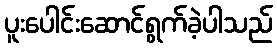
ပူးပေါင်းဆောင်ရွက်ခဲ့ပါသည်